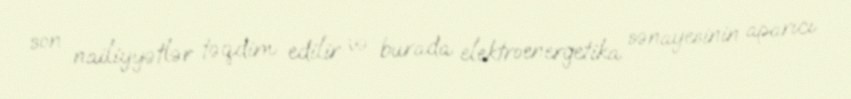
son nailiyyətlər təqdim edilir və burada elektroenergetika sənayesinin aparıcı